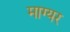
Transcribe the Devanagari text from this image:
माग्यर